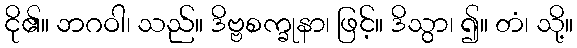
ငို၏။ ဘဂဝါ၊ သည်။ ဒိဗ္ဗစက္ခုနာ၊ ဖြင့်။ ဒိသွာ၊ ၍။ တံ၊ သို့။